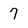
Character: 7